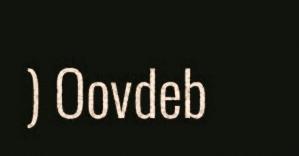
) Oovdeb